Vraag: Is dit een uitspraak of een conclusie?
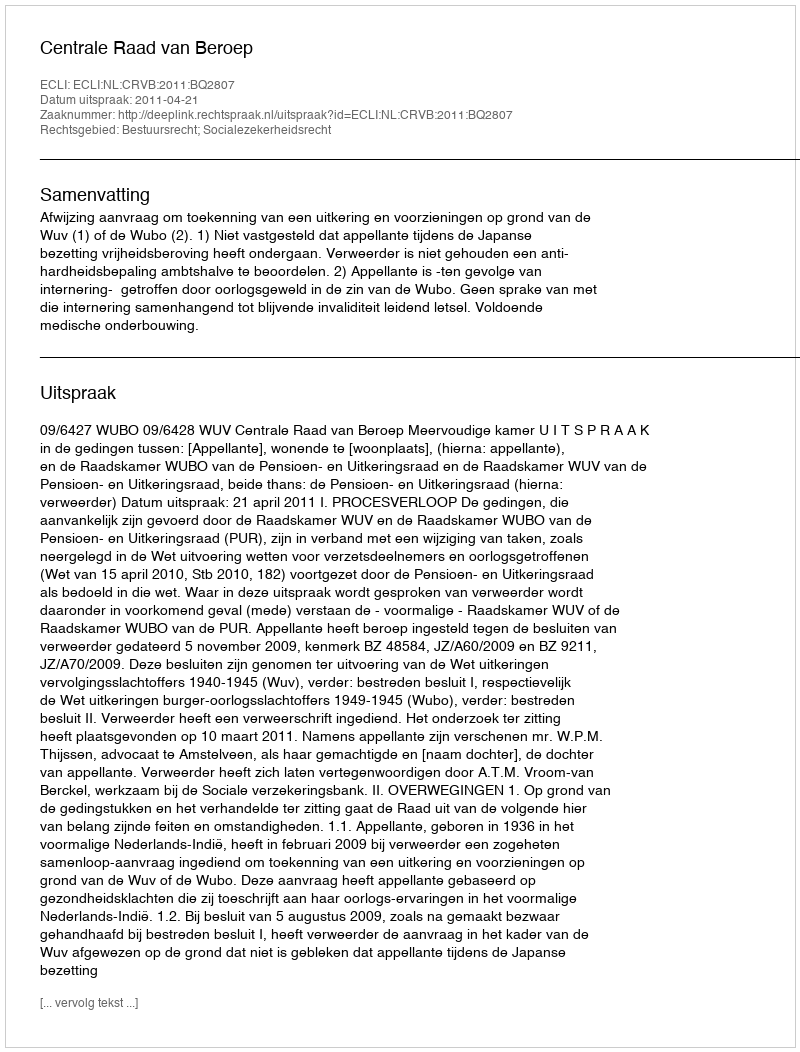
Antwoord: Uitspraak